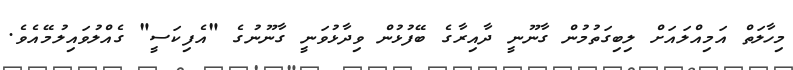
މިހާލަތް އަމިއްލައަށް ލިބިގަތުމުން ގާނޫނީ ދާއިރާގެ ބޭފުޅުން ވިދާޅުވަނީ ގާނޫނުގެ "އެފިކަސީ" ގެއްލުވައިލުމޭއެވެ.